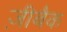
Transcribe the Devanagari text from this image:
ज़ीबैक